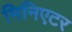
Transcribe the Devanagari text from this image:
मिनिएटर